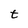
Character: t